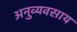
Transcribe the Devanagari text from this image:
अनुव्यवसाय